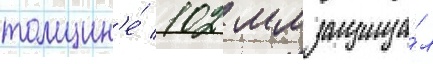
толщин'е́ 102 мм защища́л